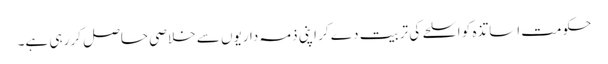
حکومت اساتذہ کو اسلحے کی تربیت دے کر اپنی ذمہ داریوں سے خلاصی حاصل کر رہی ہے۔